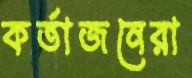
কর্তাজনেরা